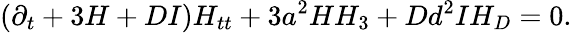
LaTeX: (\partial_{t}+3H+DI)H_{tt}+3a^{2}HH_{3}+Dd^{2}IH_{D}=0.